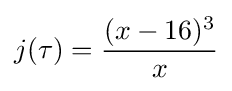
j(\tau )={\frac {(x-16)^{3}}{x}}